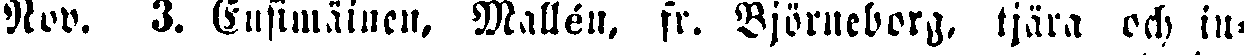
Nov. 3. Ensimäinen, Mallén, fr. Björneborg, tjära och in-